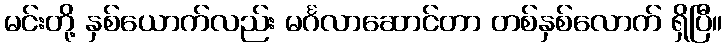
မင်းတို့ နှစ်ယောက်လည်း မင်္ဂလာဆောင်တာ တစ်နှစ်လောက် ရှိပြီ။